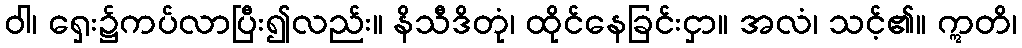
ဝါ၊ ရှေး၌ကပ်လာပြီး၍လည်း။ နိသီဒိတုံ၊ ထိုင်နေခြင်းငှာ။ အလံ၊ သင့်၏။ ဣတိ၊